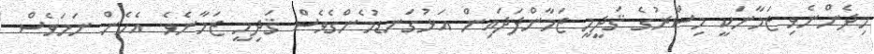
މިދެންނެވި ޒަމާނަކީ މިސްރުގެ ޤަދީމީ ޒަމާންފަދައިން އަޅުގަނޑުމެންގެވެސް ޤަދިމީ ޒަމާނެވެ. އެހެން ނަމަވެސް